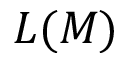
L ( M )